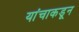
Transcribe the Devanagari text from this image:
यांचाकडून